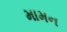
મામન